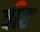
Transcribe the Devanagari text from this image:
वीह